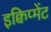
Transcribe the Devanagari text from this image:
इक्विप्मेंट